Report of the King Institute of Preventive Medicine, Guindy
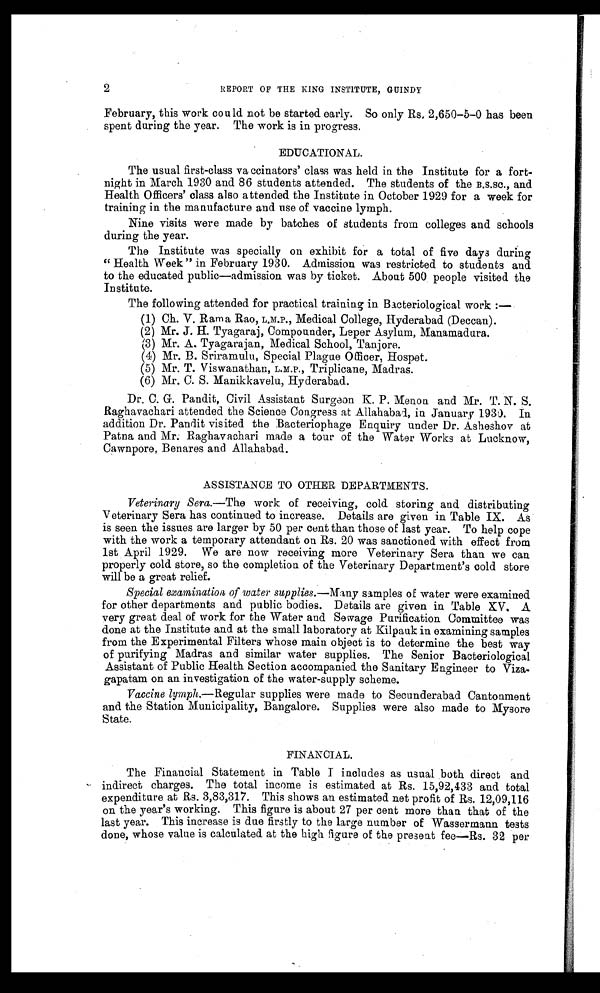
2
REPORT OF THE KING INSTITUTE, GUINDY
February, this work could not be started early. So only Rs, 2,650-5-0 has been
spent during the year. The work is in progress.
EDUCATIONAL.
The usual first-class va ccinators' class was held in the Institute for a fort-
night in March 1930 and 86 students attended. The students of the B.S.SC ., and
Health Officers' class also attended the Institute in October 1929 for a week for
training in the manufacture and use of vaccine lymph.
Nine visits were made by batches of students from colleges and schools
during the year.
The Institute was specially on exhibit for a total of five days during
"Health Week" in February 1930. Admission was restricted to students and
to the educated public—admission was by ticket. About 500 people visited the
Institute.
The following attended for practical training in Bacteriological work :—
(1) Ch. V. Rama Rao, L.M.P., Medical College, Hyderabad (Deccan).
(2) Mr. J. H. Tyagaraj, Compounder, Leper Asylum, Manamadura.
(3) Mr. A. Tyagarajan, Medical School, Tanjore.
(4) Mr. B. Sriramulu, Special Plague Officer, Hospet.
(5) Mr. T. Viswanathan, L.M.P., Triplicane, Madras.
(6) Mr. C. S. Manikkavelu, Hyderabad.
Dr. C. G. Pandit, Civil Assistant Surgeon K. P. Menon and Mr. T. N. S.
Raghavachari attended the Science Congress at Allahabas, in January 1931 In
addition Dr. Pandit visited the Bacteriophage Enquiry under Dr. Asheshov at
Patna and Mr. Raghavachari made a tour of the Water Works at Lucknow,
Cawnpore, Benares and Allahabad.
ASSISTANCE TO OTHER DEPARTMENTS.
Veterinary Sera.—The work of receiving, cold storing and distributing
Veterinary Sera has continued to increase. Details are given in Table IX. As
is seen the issues are larger by 50 per cent than those of last year. To help cope
with the work a temporary attendant on Rs. 20 was sanctioned with effect from
1st April 1929. We are now receiving more Veterinary Sera than we can
properly cold store, so the completion of the Veterinary Department's cold store
will be a great relief.
Special examination, of water supplies.— Many samples of water were examined
for other departments and public bodies. Details are given in Table XV. A
very great deal of work for the Water and Sewage Purification Committee was
done at the Institute and at the small laboratory at Kilpauk in examining samples
from the Experimental Filters whose main object is to determine the best way
of purifying Madras and similar water supplies. The Senior Bacteriological
Assistant of Public Health Section accompanied the Sanitary Engineer to Viza-
gapatam on an investigation of the water-supply scheme.
Vaccine lymph.—Regular supplies were made to Secunderabad Cantonment
and the Station Municipality, Bangalore. Supplies were also made to Mysore
State.
FINANCIAL.
The Financial Statement in Table I includes as usual both direct and
indirect charges. The total income is estimated at Rs. 15,92,433 and total
expenditure at Rs. 3,83,317. This shows an estimated net profit of Rs. 12,09,116
on the year's working. This figure is about 27 per cent more than that of the
last year. This increase is due firstly to the large number of Wassermann tests
done, whose value is calculated at the high Figure of the present fee—Rs. 32 per